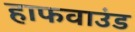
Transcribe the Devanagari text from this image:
हाफवाउंड